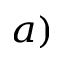
^ { a ) }